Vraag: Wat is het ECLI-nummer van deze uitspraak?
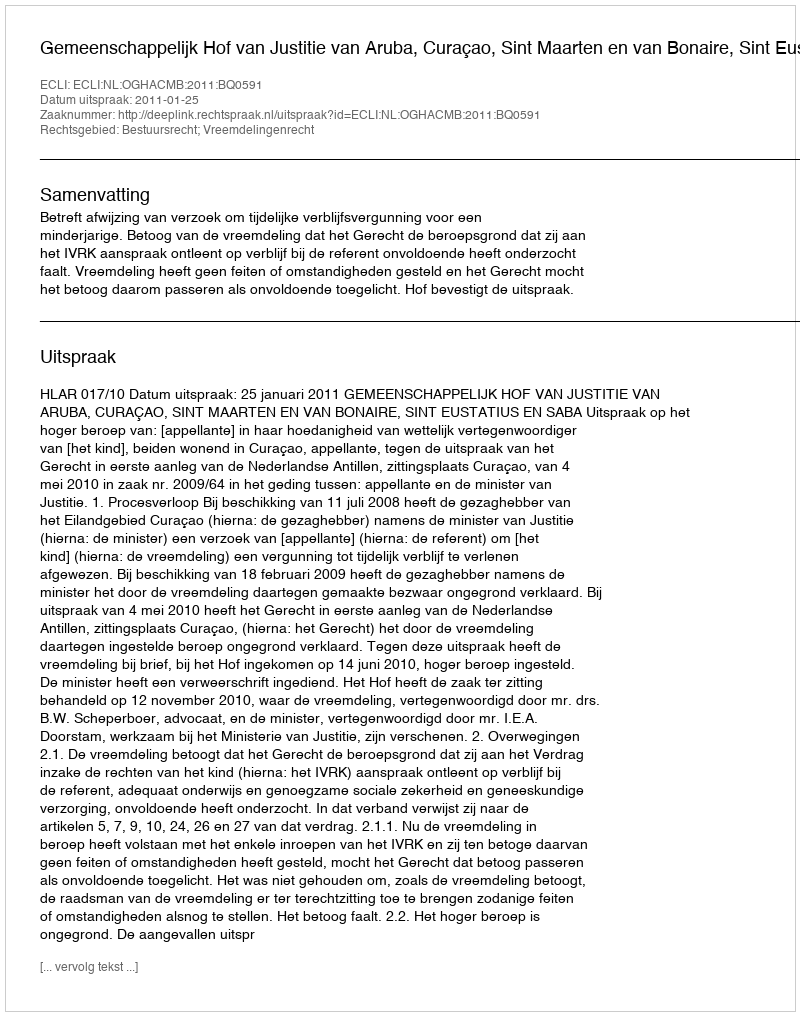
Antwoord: ECLI:NL:OGHACMB:2011:BQ0591